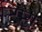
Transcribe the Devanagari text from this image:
टिष्टा